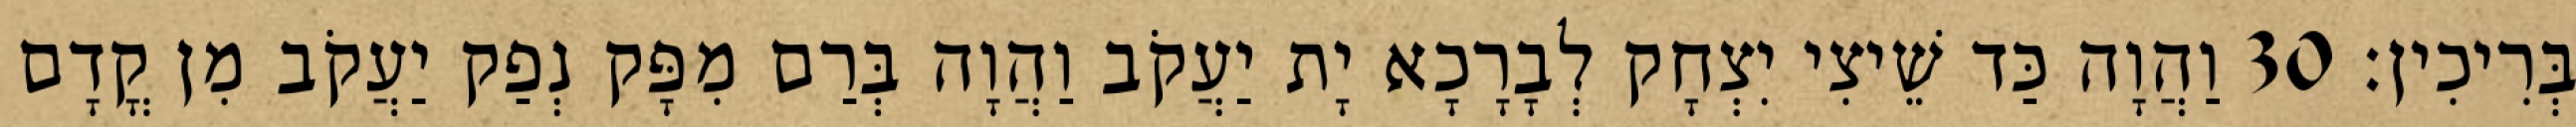
בְּרִיכִין׃ 30 וַהֲוָה כַּד שֵׁיצִי יִצְחָק לְבָרָכָא יָת יַעֲקֹב וַהֲוָה בְּרַם מִפָּק נְפַק יַעֲקֹב מִן קֳדָם